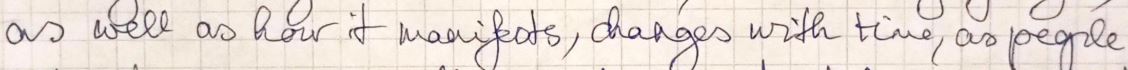
as well as how it manifests, changes with time, as people